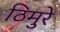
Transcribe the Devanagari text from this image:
ठिमुरे